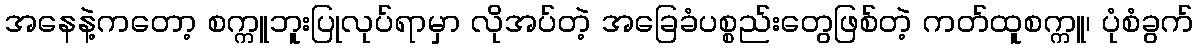
အနေနဲ့ကတော့ စက္ကူဘူးပြုလုပ်ရာမှာ လိုအပ်တဲ့ အခြေခံပစ္စည်းတွေဖြစ်တဲ့ ကတ်ထူစက္ကူ၊ ပုံစံခွက်